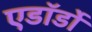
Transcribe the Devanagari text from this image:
एडॉर्डो